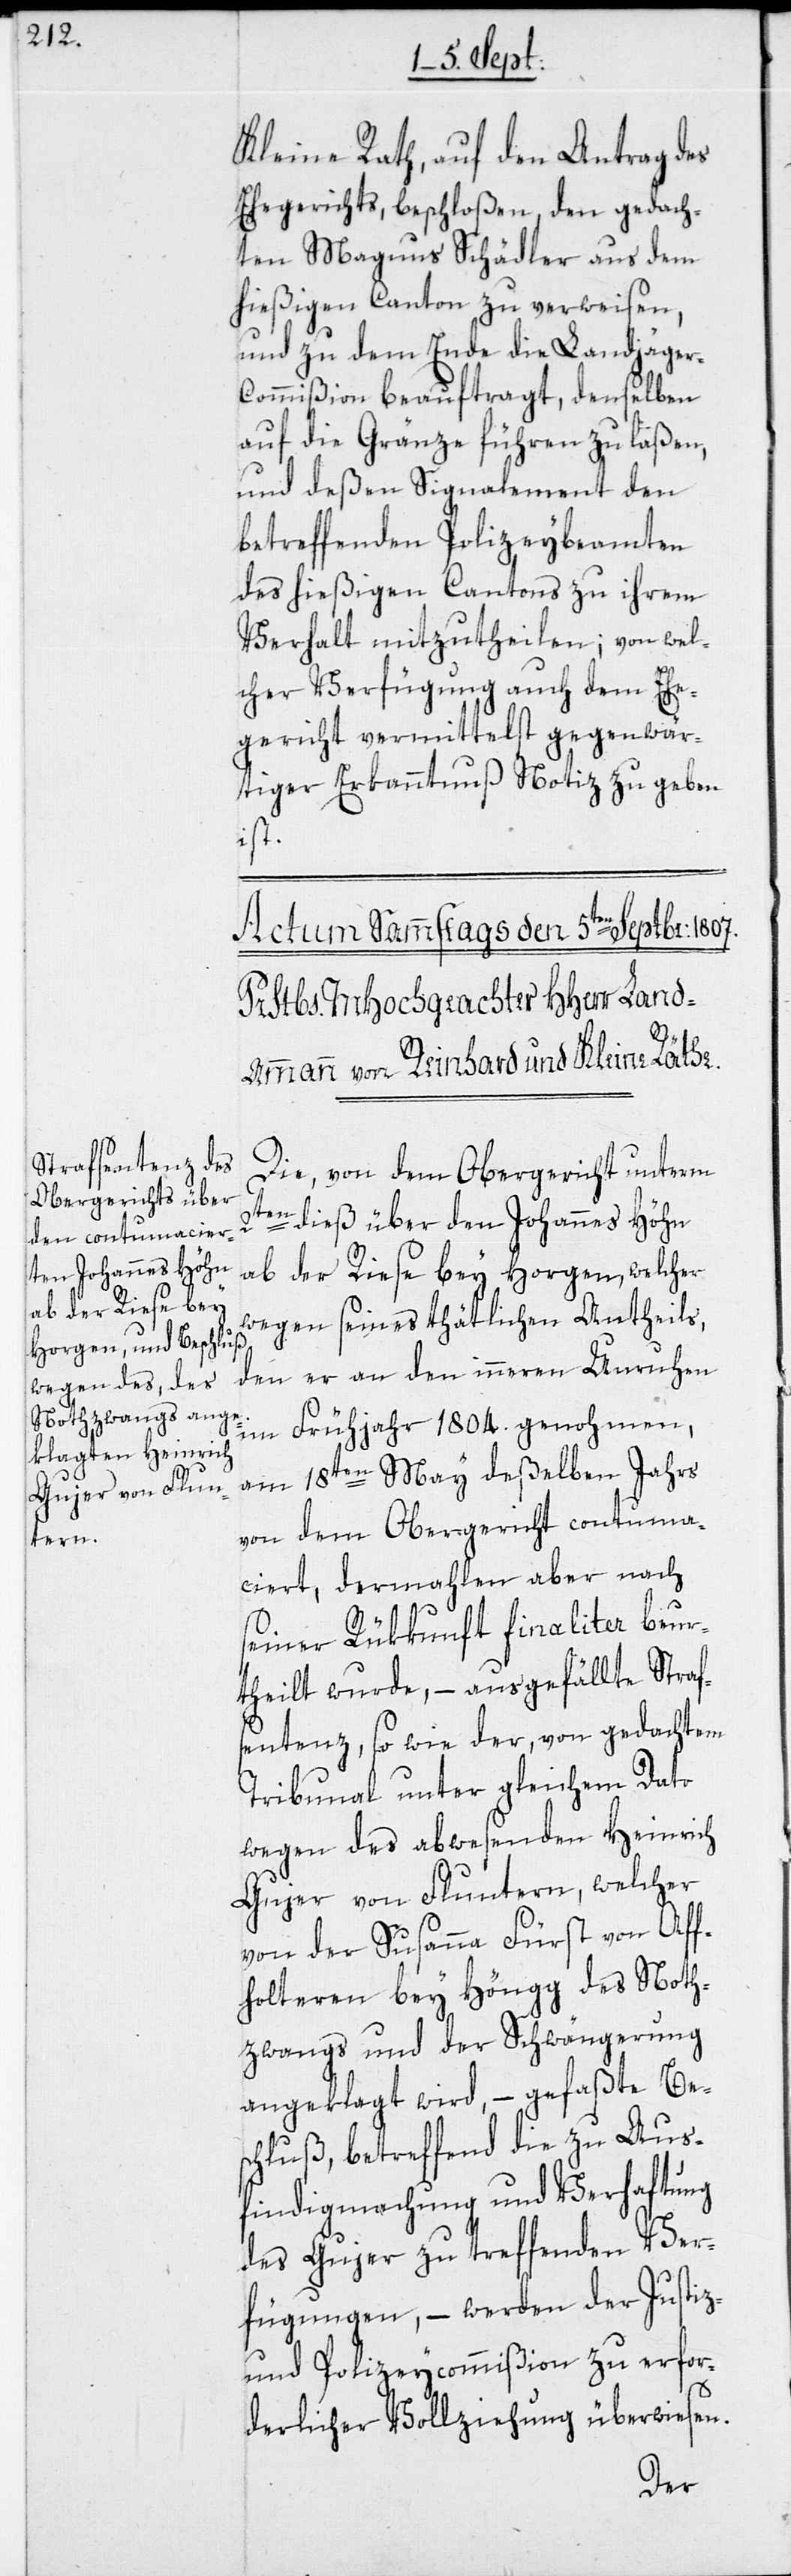
Kleine Rath, auf den Antrag des
Ehegerichts, beschloßen, den gedach¬
ten Magnus Schädler aus dem
hießigen Canton zu verweisen,
und zu dem Ende die Landjäger-C¬
ommißion beauftragt, denselben
auf die Gränze führen zu laßen,
und deßen Signalement den
betreffenden Polizeybeamten
des hießigen Cantons zu ihrem
Verhalt mitzutheilen; von wel¬
cher Verfügung auch dem Ehe¬
gericht vermittelst gegenwär¬
tiger Erkanntnuß Notiz zu geben
ist.
Die, von dem Obergericht unterm
2ten dieß über den Johannes Höhn
ab der Riese bey Horgen, welcher
wegen seines thätlichen Antheils,
den er an den inneren Unruhen
im Frühjahr 1804. genohmen,
am 18ten May deßelben Jahrs
von dem Obergericht contuma¬
ciert, dermahlen aber nach
seiner Rükkunft finaliter beur¬
theilt wurde, – ausgefällte Straf¬
sentenz, so wie der, von gedachtem
Tribunal unter gleichem Dato
wegen des abwesenden Heinrich
Gujer von Fluntern, welcher
von der Susanna Fürst von Aff¬
holteren bey Höngg des Noth¬
zwangs und der Schwängerung
angeklagt wird, – gefaßte Bes¬
chluß, betreffend die zu Aus¬
findigmachung und Verhaftung
des Gujer zu treffenden Ver¬
fügungen, – werden der Justiz-
und Polizeycommißion zu erfor¬
derlicher Vollziehung überwiesen.